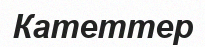
Катеттер